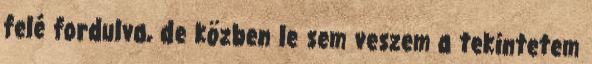
felé fordulva, de közben le sem veszem a tekintetem